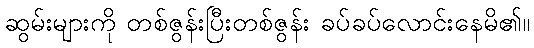
ဆွမ်းများကို တစ်ဇွန်းပြီးတစ်ဇွန်း ခပ်ခပ်လောင်းနေမိ၏။